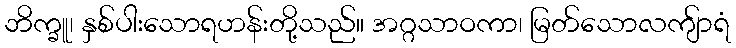
ဘိက္ခူ၊ နှစ်ပါးသောရဟန်းတို့သည်။ အဂ္ဂသာဝကာ၊ မြတ်သောလကျ်ာရံ